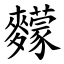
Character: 䵆